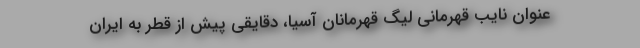
عنوان نایب قهرمانی لیگ قهرمانان آسیا، دقایقی پیش از قطر به ایران